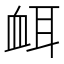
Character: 衈